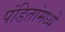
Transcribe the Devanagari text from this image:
पंडितांमध्यें